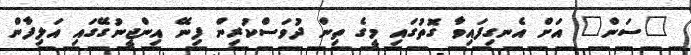
"ސަން" އަށް އެނގިފައިވާ ގޮތުގައި މީގެ ތިން ދުވަސްކުރިން ފިނޭ އިންޖީނުގޭގައި އަލިފާން